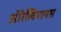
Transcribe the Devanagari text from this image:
ऑरेलियानस